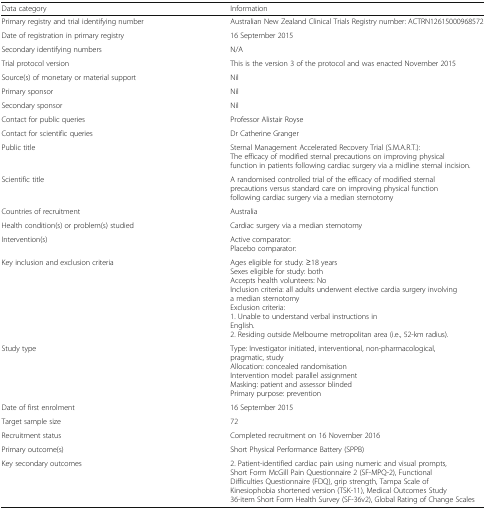
<table><thead><tr><td><b>Data category</b></td><td><b>Information</b></td></tr></thead><tbody><tr><td>Primary registry and trial identifying number</td><td>Australian New Zealand Clinical Trials Registry number: ACTRN12615000968572</td></tr><tr><td>Date of registration in primary registry</td><td>16 September 2015</td></tr><tr><td>Secondary identifying numbers</td><td>N/A</td></tr><tr><td>Trial protocol version</td><td>This is the version 3 of the protocol and was enacted November 2015</td></tr><tr><td>Source(s) of monetary or material support</td><td>Nil</td></tr><tr><td>Primary sponsor</td><td>Nil</td></tr><tr><td>Secondary sponsor</td><td>Nil</td></tr><tr><td>Contact for public queries</td><td>Professor Alistair Royse</td></tr><tr><td>Contact for scientific queries</td><td>Dr Catherine Granger</td></tr><tr><td>Public title</td><td>Sternal Management Accelerated Recovery Trial (S.M.A.R.T.): The efficacy of modified sternal precautions on improving physical function in patients following cardiac surgery via a midline sternal incision.</td></tr><tr><td>Scientific title</td><td>A randomised controlled trial of the efficacy of modified sternal precautions versus standard care on improving physical function following cardiac surgery via a median sternotomy</td></tr><tr><td>Countries of recruitment</td><td>Australia</td></tr><tr><td>Health condition(s) or problem(s) studied</td><td>Cardiac surgery via a median sternotomy</td></tr><tr><td>Intervention(s)</td><td>Active comparator:Placebo comparator:</td></tr><tr><td>Key inclusion and exclusion criteria</td><td>Ages eligible for study: ≥18 yearsSexes eligible for study: bothAccepts health volunteers: NoInclusion criteria: all adults underwent elective cardia surgery involving a median sternotomyExclusion criteria:1. Unable to understand verbal instructions inEnglish.2. Residing outside Melbourne metropolitan area (i.e., 52-km radius).</td></tr><tr><td>Study type</td><td>Type: Investigator initiated, interventional, non-pharmacological, pragmatic, studyAllocation: concealed randomisationIntervention model: parallel assignmentMasking: patient and assessor blindedPrimary purpose: prevention</td></tr><tr><td>Date of first enrolment</td><td>16 September 2015</td></tr><tr><td>Target sample size</td><td>72</td></tr><tr><td>Recruitment status</td><td>Completed recruitment on 16 November 2016</td></tr><tr><td>Primary outcome(s)</td><td>Short Physical Performance Battery (SPPB)</td></tr><tr><td>Key secondary outcomes</td><td>2. Patient-identified cardiac pain using numeric and visual prompts, Short Form McGill Pain Questionnaire 2 (SF-MPQ-2), Functional Difficulties Questionnaire (FDQ), grip strength, Tampa Scale of Kinesiophobia shortened version (TSK-11), Medical Outcomes Study 36-item Short Form Health Survey (SF-36v2), Global Rating of Change Scales</td></tr></tbody></table>